Report on the working of the Ranchi Indian Mental Hospital, Kanke, in Bihar and Orissa - 1930-1940
Year: 1930
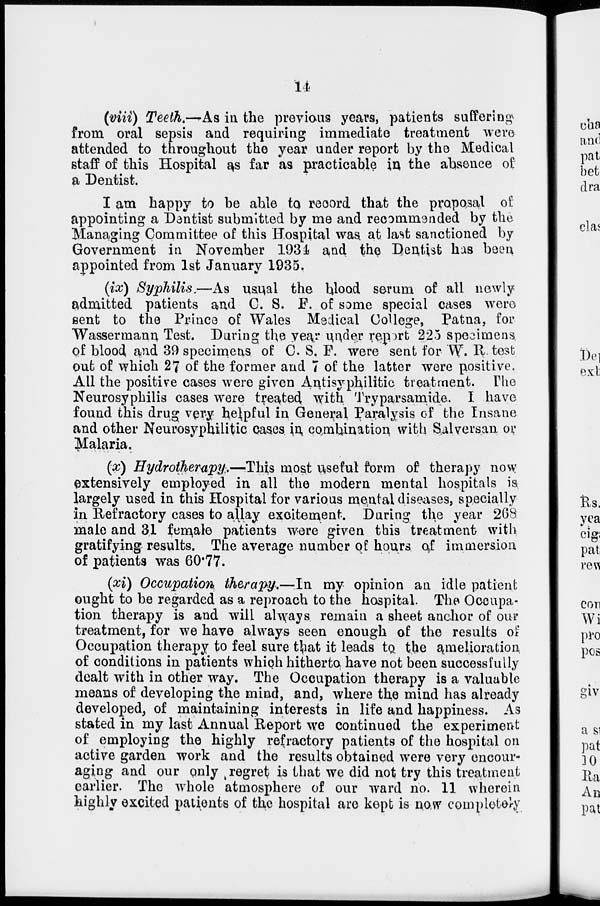
14
(viii) Teeth.—As in the previous years, patients suffering
from oral sepsis and requiring immediate treatment were
attended to throughout the year under report by the Medical
staff of this Hospital as far as practicable in the absence of
a Dentist.
I am happy to be able to record that the proposal of
appointing a Dentist submitted by me and recommended by the
Managing Committee of this Hospital was at last sanctioned by
Government in November 1934 and the Dentist has been
appointed from 1st January 1935,
(ix) Syphilis,—As usual the blood serum of all newly
admitted patients and C. S. F. of some special cases were
sent to the Prince of Wales Medical College, Patna, for
Wassermann Test. During the year under report 225 specimens
of blood and 39 specimens of C. S. F. were sent for W. R test
out of which 27 of the former and 7 of the latter were positive.
All the positive cases were given Antisypfyilitic treatment. The
Neurosyphilis cases were treated with Tryparsamide. I have
found this drug very helpful in General Paralysis of the Insane
and other Neurosyphilitic cases in combination with Salversan or
Malaria.
(x) Hydrotherapy:.—This most useful form of therapy now
extensively employed in all the modern mental hospitals is
largely used in this Hospital for various mental diseases, specially
in Refractory cases to allay excitement. During the year 268
male and 31 female patients were given this treatment with
gratifying results. The average number of hours of immersion
of patients was 60.77.
(xi) Occupation therapy.—In my opinion an idle patient
ought to be regarded as a reproach to the hospital. The Occupa-
tion therapy is and will always remain a sheet anchor of our
treatment, for we have always seen enough of the results of
Occupation therapy to feel sure that it leads to the amelioration
of conditions in patients which hitherto have not been successfully
dealt with in other way. The Occupation therapy is a valuable
means of developing the mind, and, where the mind has already
developed, of maintaining interests in life and happiness. As
stated in my last Annual Report we continued the experiment
of employing the highly refractory patients of the hospital on
active garden work and the results obtained were very encour-
aging and our only regret is that we did not try this treatment
earlier. The whole atmosphere of our ward no. 11 wherein
highly excited patients of the hospital are kept is now completely